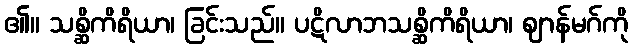
၏။ သစ္ဆိကိရိယာ၊ ခြင်းသည်။ ပဋိလာဘသစ္ဆိကိရိယာ၊ ဈာန်မဂ်ကို